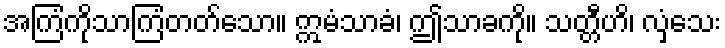
အကြံကိုသာကြံတတ်သော။ ဣမံသာခံ၊ ဤသာခကို။ သတ္တီဟိ၊ လှံသေး